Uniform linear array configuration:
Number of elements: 12
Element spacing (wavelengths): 0.5
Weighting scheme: binomial
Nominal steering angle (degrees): -45
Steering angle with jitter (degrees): -45.7
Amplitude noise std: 0.05
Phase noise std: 0.05

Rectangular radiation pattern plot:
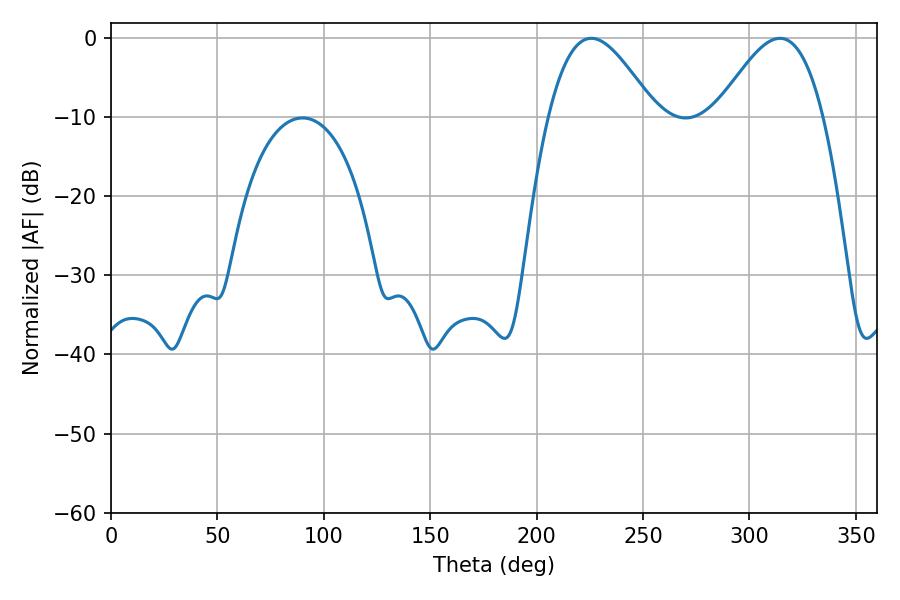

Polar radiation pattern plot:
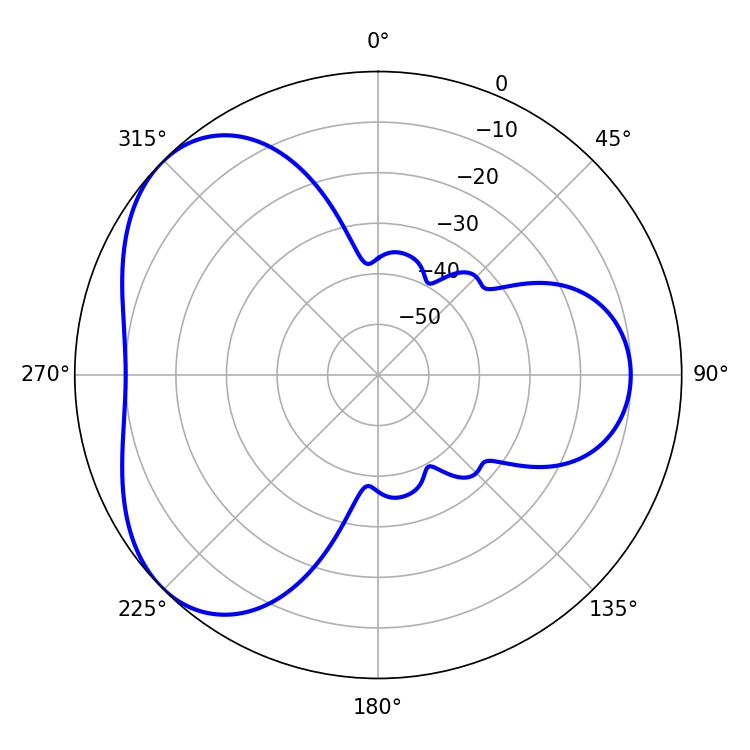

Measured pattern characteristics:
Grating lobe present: FALSE
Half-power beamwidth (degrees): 27
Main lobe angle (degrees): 225.72